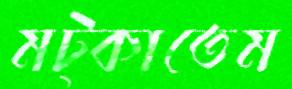
মট্‌কাতেম